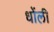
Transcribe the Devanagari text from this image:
धोंली